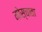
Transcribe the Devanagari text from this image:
मोस्चाता